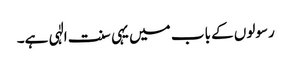
رسولوں کے باب میں یہی سنت الٰہی ہے۔